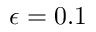
\epsilon = 0 . 1